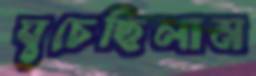
ঘুচেছিলাম